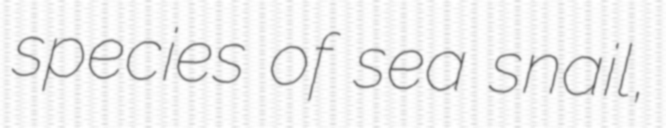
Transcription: species of sea snail,